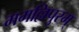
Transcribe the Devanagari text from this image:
ममल्लिपुरम्